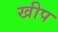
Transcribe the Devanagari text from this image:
खीप